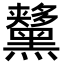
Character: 𪒨